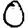
Digit: 0